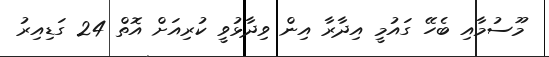
މޫސުމާއި ބެހޭ ގައުމީ އިދާރާ އިން ވިދާޅުވީ ކުރިއަށް އޮތް 24 ގަޑިއިރު